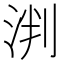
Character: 𬇯